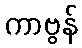
ကာဗွန်